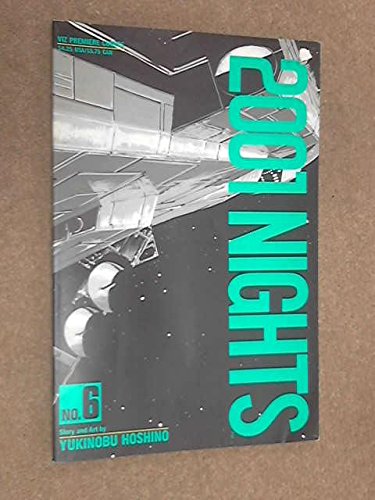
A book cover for Two-Thousand One Nights No. 4; Comics & Graphic Novels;